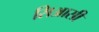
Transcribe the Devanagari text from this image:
सिआसी